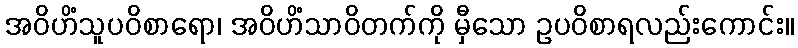
အဝိဟိံသူပဝိစာရော၊ အဝိဟိံသာဝိတက်ကို မှီသော ဥပဝိစာရလည်းကောင်း။